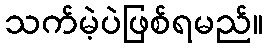
သက်မဲ့ပဲဖြစ်ရမည်။